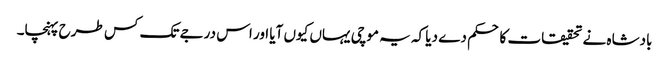
بادشاہ نے تحقیقات کا حکم دے دیا کہ یہ موچی یہاں کیوں آیا اور اس درجے تک کس طرح پہنچا۔